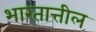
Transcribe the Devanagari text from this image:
भारतात्तील